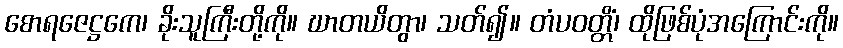
စောရဇေဋ္ဌကေ၊ ခိုးသူကြီးတို့ကို။ ဃာတယိတွာ၊ သတ်၍။ တံပဝတ္တိံ၊ ထိုဖြစ်ပုံအကြောင်းကို။